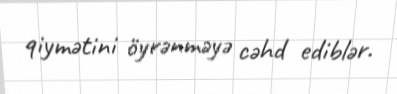
qiymətini öyrənməyə cəhd ediblər.